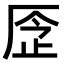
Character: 𠩧